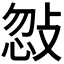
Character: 𢽨